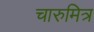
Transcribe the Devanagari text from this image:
चारुमित्र